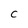
Character: c